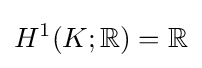
H^{1}(K;\mathbb {R} )=\mathbb {R}